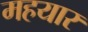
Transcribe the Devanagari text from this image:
महयार